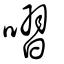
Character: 㗩